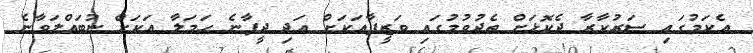
އެކަމުގައި ސަރުކާރާ ދެކޮޅަށް ތެދުވުމުގައި ވަޒީފާއަކަށް އަދި ދީފާނެ ހަމަލާ އަކަށް ނުބައްލަވާނެ